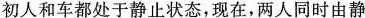
初人和车都处于静止状态，现在，两人同时由静